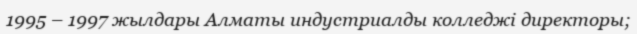
1995 – 1997 жылдары Алматы индустриалды колледжі директоры;